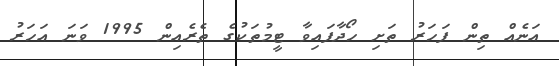
އަނެއް ތިން ފަހަރު ތަށި ހޯދާފައިވާ ޓީމުތަކުގެ ތެރެއިން 1995 ވަނަ އަހަރު